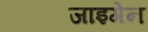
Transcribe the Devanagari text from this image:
जाइगेन